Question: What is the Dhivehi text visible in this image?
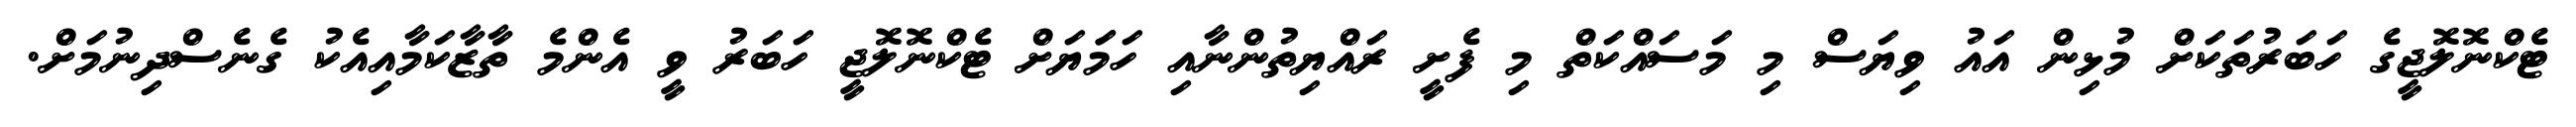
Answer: ޓެކްނޮލޮޖީގެ ހަބަރުތަކަށް މުޅިން އައު ވިޔަސް މި މަސައްކަތް މި ފެށީ ރައްޔިތުންނާއި ހަމަަޔަށް ޓެކްނޮލޮޖީ ހަބަރު ވީ އެންމެ ތާޒާކަމާއިއެކު ގެނެސްދިނުމަށް.